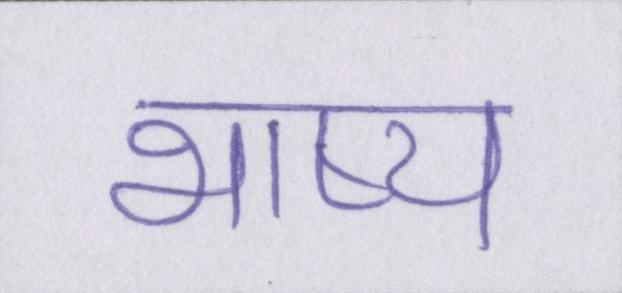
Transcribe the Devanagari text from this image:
भाष्य